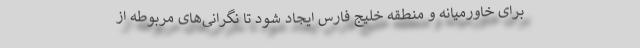
برای خاورمیانه و منطقه خلیج فارس ایجاد شود تا نگرانی‌های مربوطه از